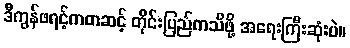
ဒီကွန်ဖရင့်ကတဆင့် တိုင်းပြည်ကသိဖို့ အရေးကြီးဆုံးပဲ။